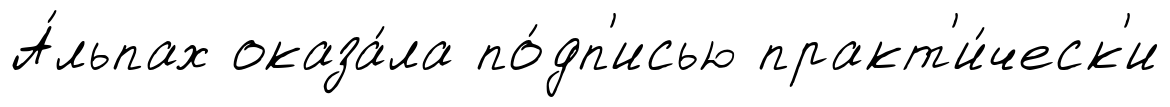
А́льпах оказа́ла по́дп'исью практ'и́ческ'и